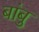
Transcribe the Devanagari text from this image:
बांबु